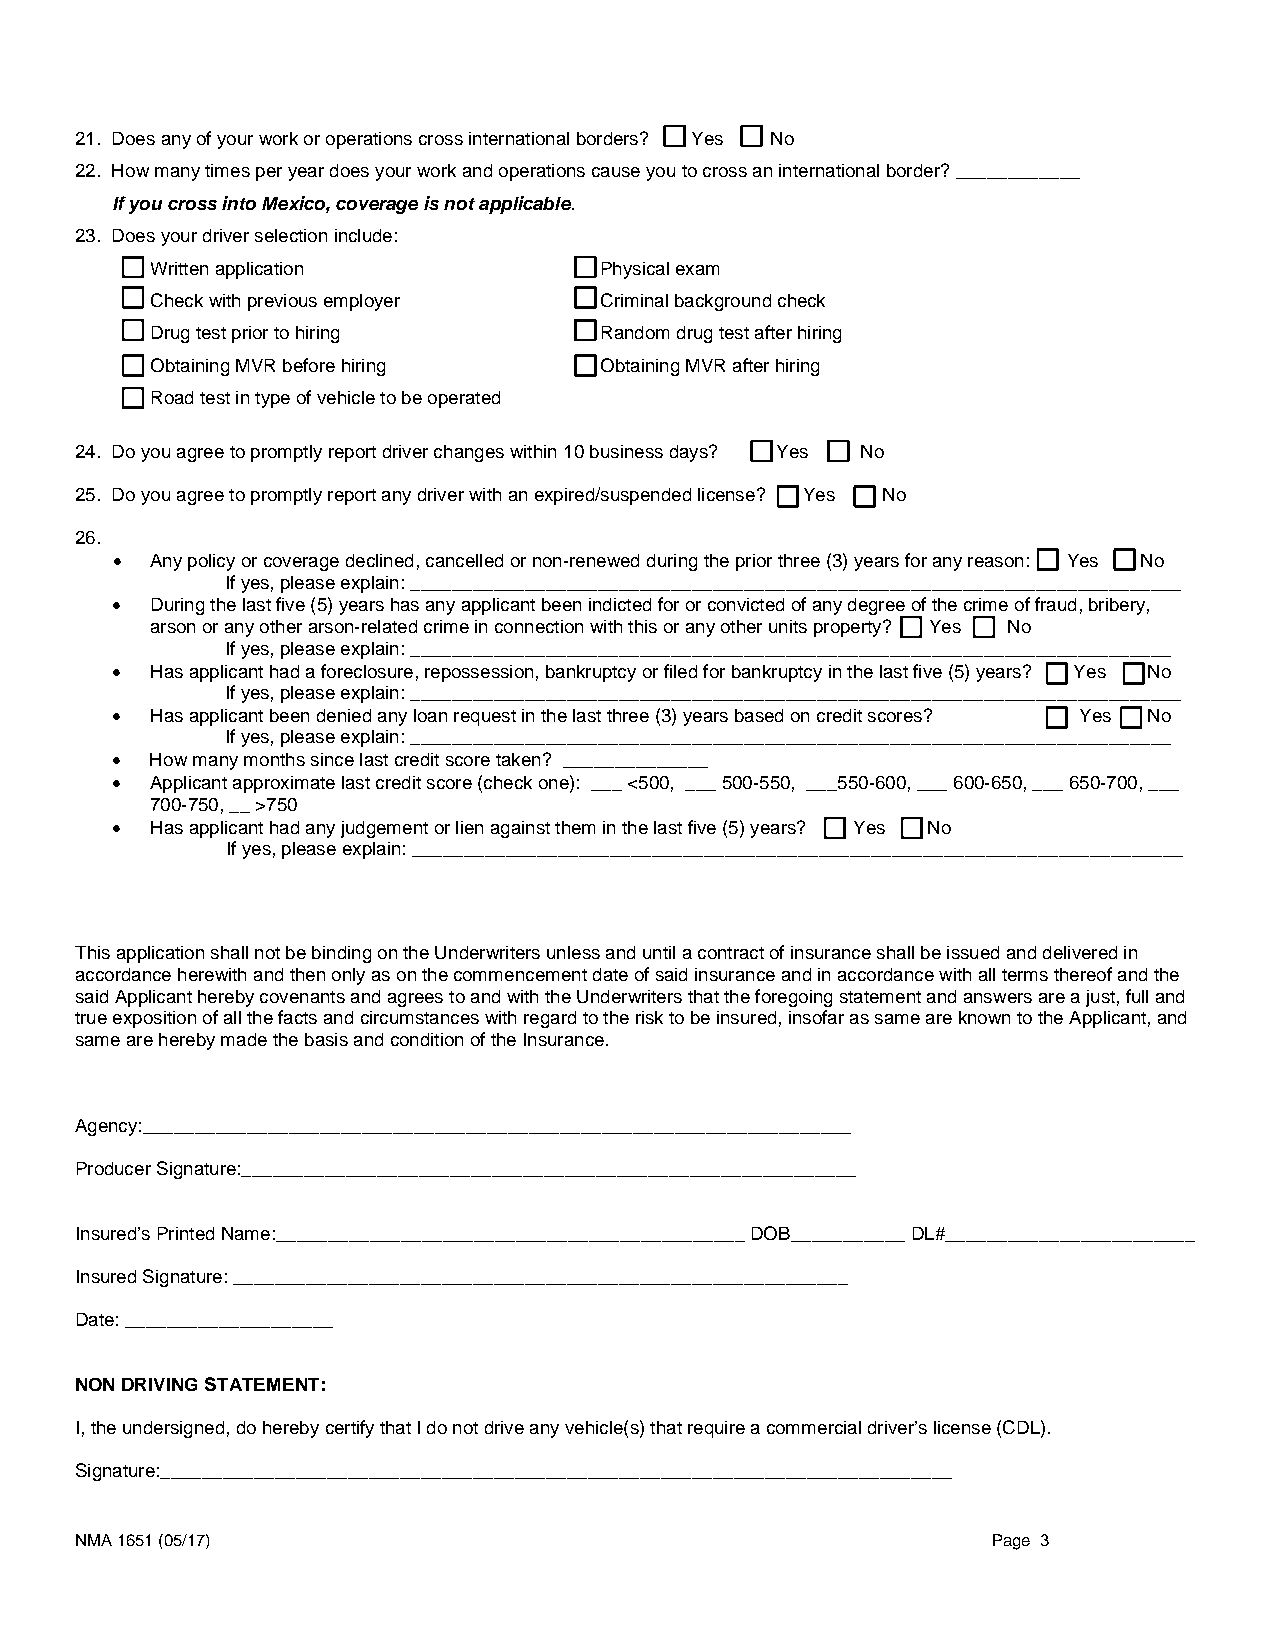
21. Does any of your work or operations cross international borders? Yes No
 22. How many times per year does your work and operations cause you to cross an international border? ____________
 If you cross into Mexico, coverage is not applicable.
 23. Does your driver selection include:
 Written application           Physical exam
 Check with previous employer  Criminal background check
 Drug test prior to hiring     Random drug test after hiring
 Obtaining MVR before hiring   Obtaining MVR after hiring
 Road test in type of vehicle to be operated
 24. Do you agree to promptly report driver changes within 10 business days? Yes No
 25. Do you agree to promptly report any driver with an expired/suspended license? Yes No
 26.
   Any policy or coverage declined, cancelled or non-renewed during the prior three (3) years for any reason: Yes No
 If yes, please explain: __________________________________________________________________________
   During the last five (5) years has any applicant been indicted for or convicted of any degree of the crime of fraud, bribery,
 arson or any other arson-related crime in connection with this or any other units property? Yes No
 If yes, please explain: _________________________________________________________________________
   Has applicant had a foreclosure, repossession, bankruptcy or filed for bankruptcy in the last five (5) years? Yes No
 If yes, please explain: __________________________________________________________________________
   Has applicant been denied any loan request in the last three (3) years based on credit scores? Yes No
 If yes, please explain: _________________________________________________________________________
   How many months since last credit score taken? ______________
   Applicant approximate last credit score (check one): ___ <500, ___ 500-550, ___550-600, ___ 600-650, ___ 650-700, ___
 700-750, __ >750
   Has applicant had any judgement or lien against them in the last five (5) years? Yes No
 If yes, please explain: __________________________________________________________________________
 This application shall not be binding on the Underwriters unless and until a contract of insurance shall be issued and delivered in
 accordance herewith and then only as on the commencement date of said insurance and in accordance with all terms thereof and the
 said Applicant hereby covenants and agrees to and with the Underwriters that the foregoing statement and answers are a just, full and
 true exposition of all the facts and circumstances with regard to the risk to be insured, insofar as same are known to the Applicant, and
 same are hereby made the basis and condition of the Insurance.
 Agency:____________________________________________________________________
 Producer Signature:___________________________________________________________
 Insured’s Printed Name:_____________________________________________ DOB___________ DL#________________________
 Insured Signature: ___________________________________________________________
 Date: ____________________
 NON DRIVING STATEMENT:
 I, the undersigned, do hereby certify that I do not drive any vehicle(s) that require a commercial driver’s license (CDL).
 Signature:____________________________________________________________________________
 NMA 1651 (05/17)                                             Page 3